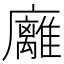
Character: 𢌈